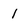
Character: 1